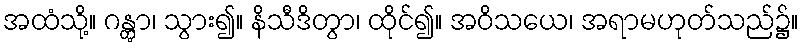
အထံသို့။ ဂန္တွာ၊ သွား၍။ နိသီဒိတွာ၊ ထိုင်၍။ အဝိသယေ၊ အရာမဟုတ်သည်၌။